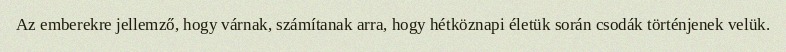
Az emberekre jellemző, hogy várnak, számítanak arra, hogy hétköznapi életük során csodák történjenek velük.